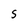
Character: S